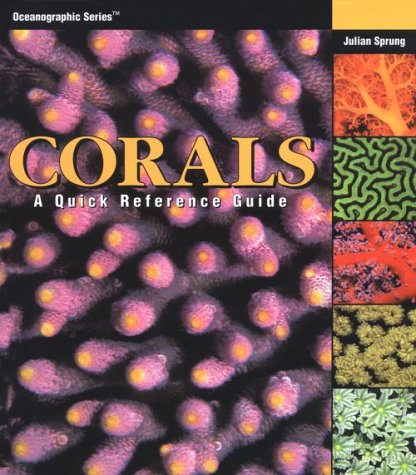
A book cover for Corals: A Quick Reference Guide (Oceanographic Series); Julian Sprung; Science & Math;